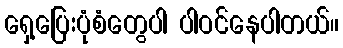
ရှေ့ပြေးပုံစံတွေပါ ပါဝင်နေပါတယ်။